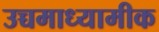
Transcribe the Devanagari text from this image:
उच्चमाध्यामीक